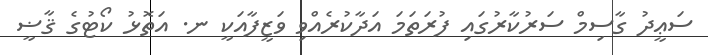
ސަޢީދު ގާސިމް ސަރުކާރުގައި ފުރަތަމަ އަދާކުރެއްވި ވަޒީފާއަކީ ނ. އަތޮޅު ކޯޓުގެ ޤާޟީ